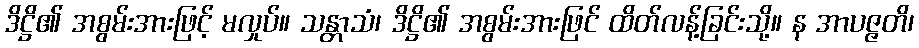
ဒိဋ္ဌိ၏ အစွမ်းအားဖြင့် မလှုပ်။ သန္တာသံ၊ ဒိဋ္ဌိ၏ အစွမ်းအားဖြင် ထိတ်လန့်ခြင်းသို့။ န အာပဇ္ဇတိ၊